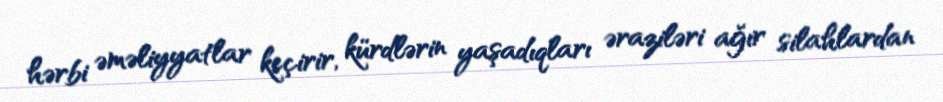
hərbi əməliyyatlar keçirir, kürdlərin yaşadıqları əraziləri ağır silahlardan